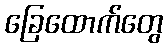
ခြေထောက်တွေ